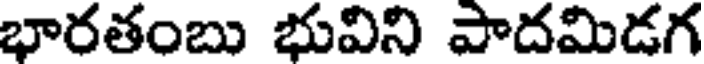
భారతంబు భువిని పాదమిడగ